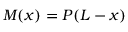
M ( x ) = P ( L - x )